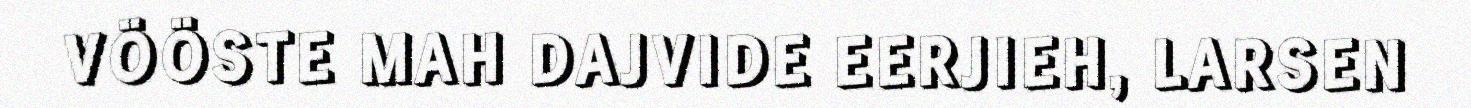
VÖÖSTE MAH DAJVIDE EERJIEH, LARSEN